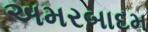
અમરબાદમ